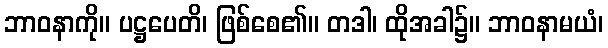
ဘာဝနာကို။ ပဋ္ဌပေတိ၊ ဖြစ်စေ၏။ တဒါ၊ ထိုအခါ၌။ ဘာဝနာမယံ၊